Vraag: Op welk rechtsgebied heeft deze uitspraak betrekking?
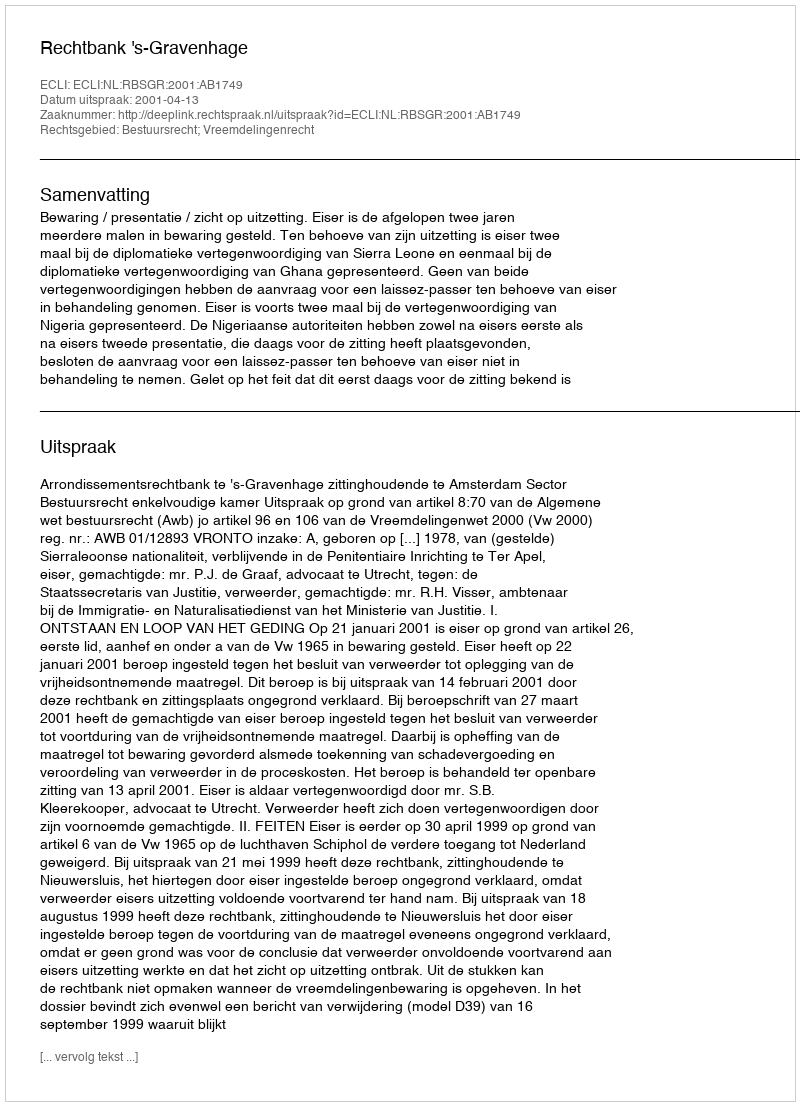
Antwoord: Bestuursrecht; Vreemdelingenrecht